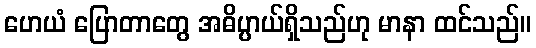
ဟေယံ ပြောတာတွေ အဓိပ္ပာယ်ရှိသည်ဟု မာနာ ထင်သည်။